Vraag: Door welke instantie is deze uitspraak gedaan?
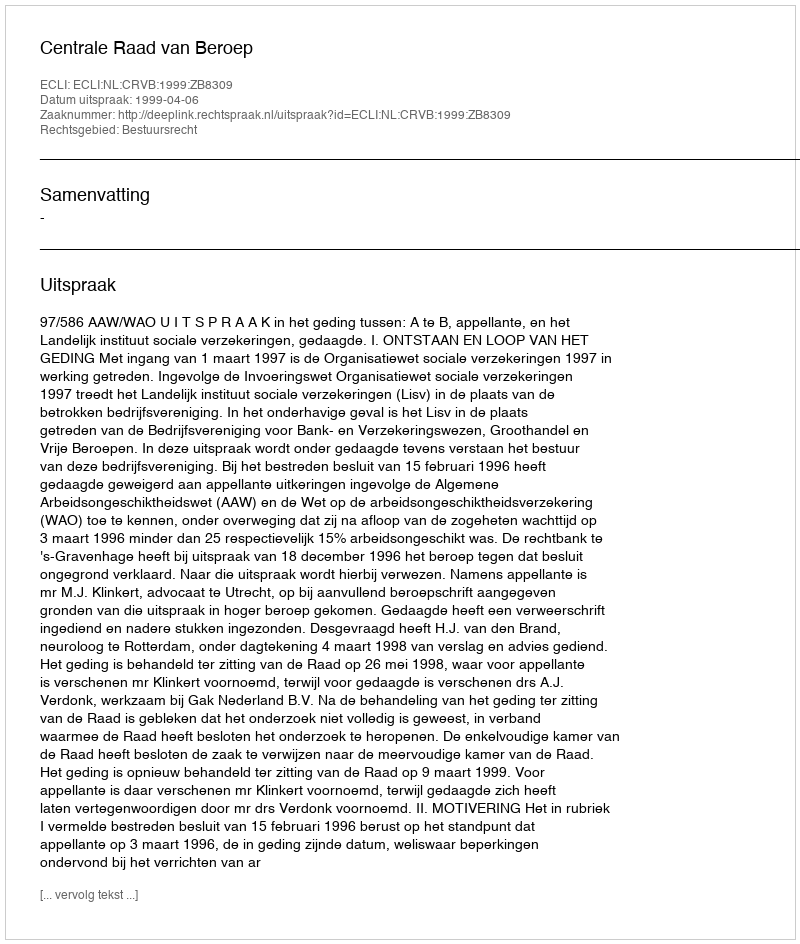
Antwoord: Centrale Raad van Beroep